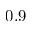
0 . 9